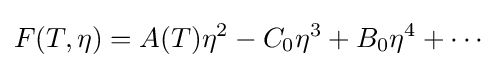
F(T,\eta )=A(T)\eta ^{2}-C_{0}\eta ^{3}+B_{0}\eta ^{4}+\cdots